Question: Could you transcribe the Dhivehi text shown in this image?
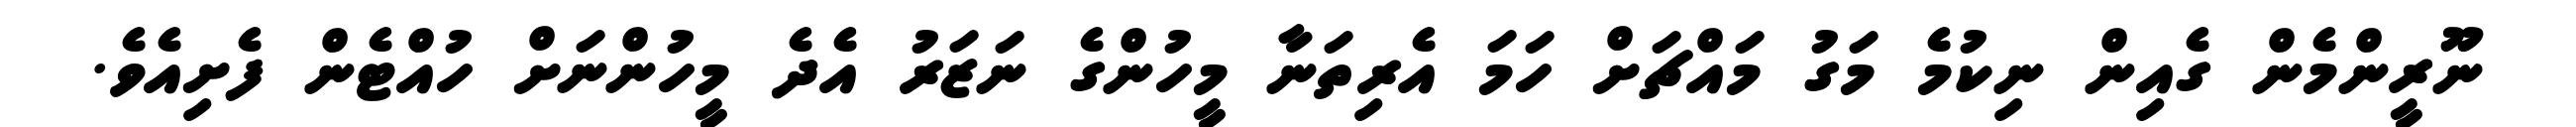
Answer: ނޫރީންމެން ގެއިން ނިކުމެ މަގު މައްޗަށް ހަމަ އެރިތަނާ މީހުންގެ ނަޒަރު އެދެ މީހުންނަށް ހުއްޓެން ފެށިއެވެ.